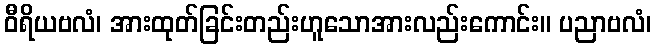
ဝီရိယဗလံ၊ အားထုတ်ခြင်းတည်းဟူသောအားလည်းကောင်း။ ပညာဗလံ၊